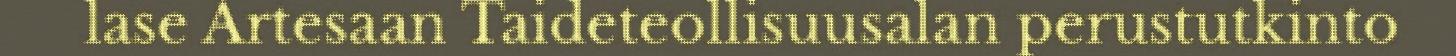
lase Artesaan Taideteollisuusalan perustutkinto